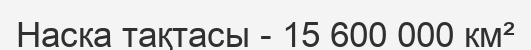
Наска тақтасы - 15 600 000 км²